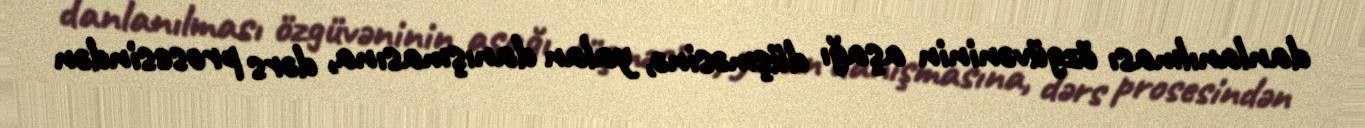
danlanılması özgüvəninin aşağı düşməsinə, yalan danışmasına, dərs prosesindən